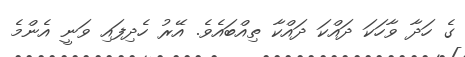
ގެ ހަދާ ވާހަކަ ދައްކަ ދައްކާ ތިއްބައެވެ. އޭރު ހެދިފައި ވަނީ އެންމެ